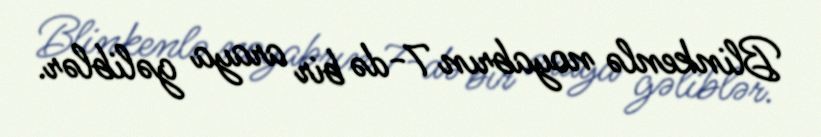
Blinkenlə noyabrın 7-də bir araya gəliblər.